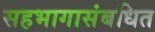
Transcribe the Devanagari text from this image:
सहभागासंबधित